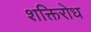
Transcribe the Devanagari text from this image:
शक्तिरोध